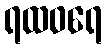
ရထဝရေ